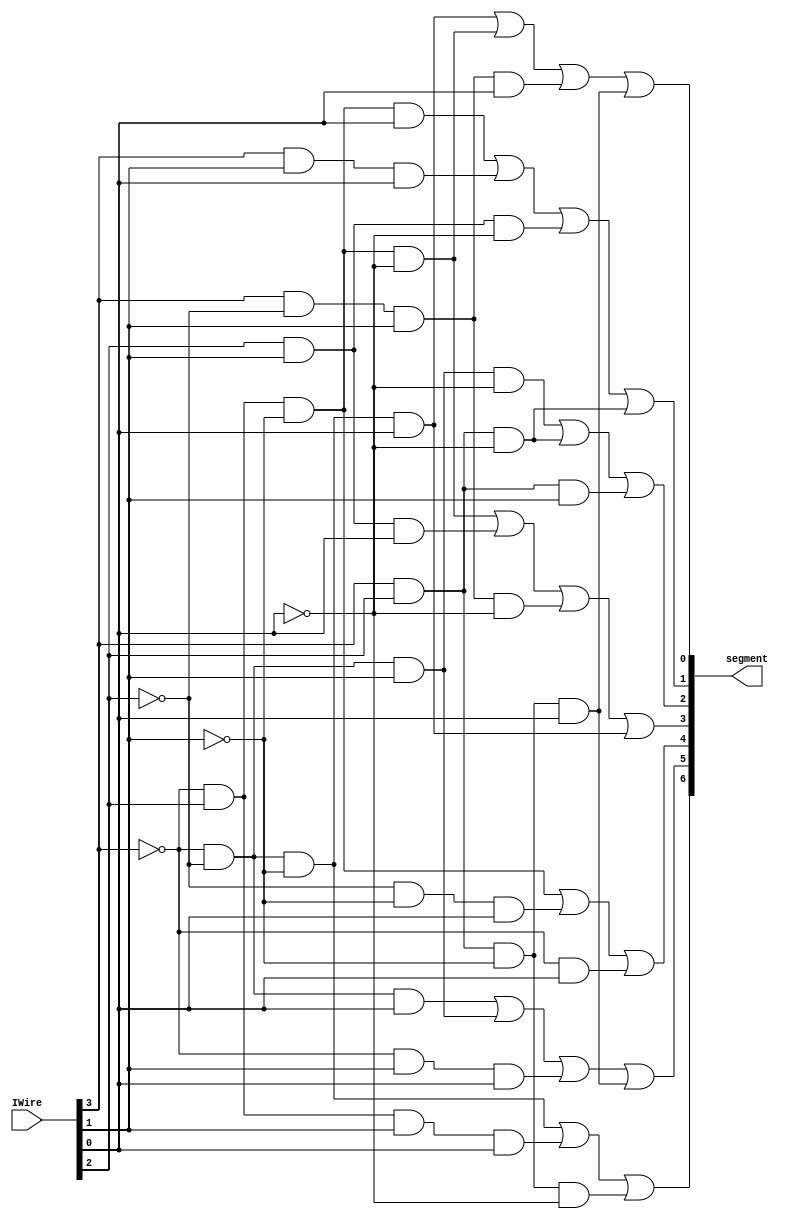
/* Author: Ismael Contreras
*  module: sevenSeg
*
*  Purpose: Set the segments of an active low seven segment display
*
*  Input: Four bits that represent a hexadecimal number 0 - F
*  Output: Seven-bit pattern that is a symbolic representation of input
*  Examples: 
*      __       Input    Hex Value    Output   
*     | 0|      0000       0         1000000    turn on all segments except 6
*    5|__|1     0001       1         1111001    turn on segments 1, 2
*     | 6|      1010       A         0001000    turn on all segments, except 3
*    4|__|2     1111       F         0001110    turn on 6, 5, 4, 0
*      3     
*               
*  Written for an active low display. 0's turn on segments.* 
*/

module sevsenSeg( input wire [3:0]IWire, output wire [6:0]segment);
		wire W, X, Y, Z;
		assign W = IWire[3];
		assign X = IWire[2];
		assign Y = IWire[1];
		assign Z = IWire[0];
		assign segment[0] = (~W &  ~X & ~Y & Z) | (~W & X & ~Y & ~Z) | (W & ~X & Y & Z) | (W & X & ~Y & Z);
		assign segment[1] = (~W &  X & ~Y & Z) | (W & Y & Z) | (X & Y & ~Z) | (W & X & ~Z);
		assign segment[2] = (~W & ~X & Y &  ~Z) | (W & X & ~Z) | (W & X & Y);
		assign segment[3] = (~W & X & ~Y & ~Z) | (X & Y & Z) | (W & ~X & Y & ~Z) | (~W & ~X & ~Y & Z);
	        assign segment[4] = (~W & X & ~Y) | (~X & ~Y & Z) | (~W & Z) ;
		assign segment[5] = (~W & ~X & Z) | (~W & ~X & Y) |(~W & Y & Z) | (W & X & ~Y & Z) ;
		assign segment[6] = (~W & ~X & ~Y) | (~W & X & Y & Z) | (W & X & ~Y & ~Z);

		
endmodule